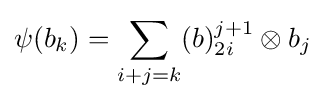
\psi (b_{k})=\sum _{i+j=k}(b)_{2i}^{j+1}\otimes b_{j}